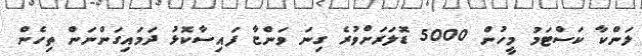
ލަންކާ ކަސްޓަމު މީހުން 5000 ޑޮލަރަށްވުރެ ގިނަ ވަންޏާ ފައިސާކޮޅު ދަމައިގަންނަން ތިހެން